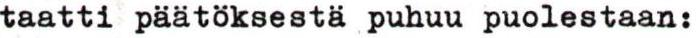
taatti päätöksestä puhuu puolestaan: